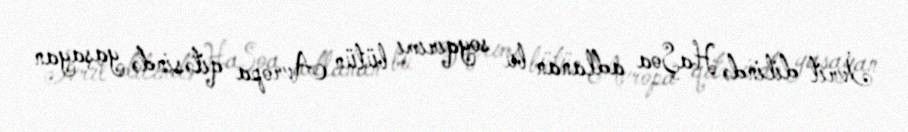
İvrit dilində HaŞoa adlanan bu soyqırımı bütün Avropa qitəsində yaşayan